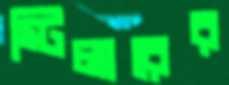
স্টিলারের